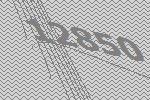
12850